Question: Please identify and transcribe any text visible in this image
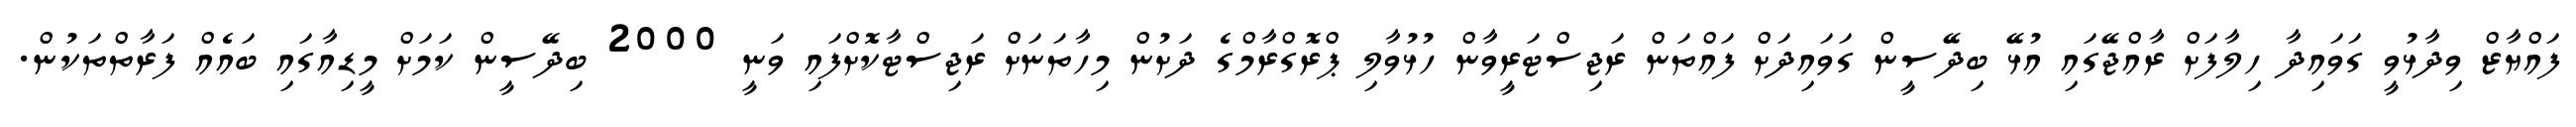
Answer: ފައްޔާޒް ވިދާޅުވީ ގަވައިދާ ހިލާފަށް ރާއްޖޭގައި އުޅޭ ބިދޭސީން ގަވައިދަށް ފައްތަން ރަޖިސްޓަރީވާން ހުޅުވާލި ޕްރޮގްރާމްގެ ދަށުން މިހާތަނަށް ރަޖިސްޓާކޮށްފައި ވަނީ 2000 ބިދޭސީން ކަމަށް މީޑިއާގައި ބައެއް ފަރާތްތަކުން.